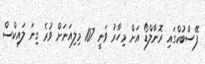
ފޭސްބުކްގައި ރޮނާލްޑޯ އަށް މިހާރު ވަނީ 107 މިލިއަނަށް ވުރެ ގިނަ ލައިކްސް